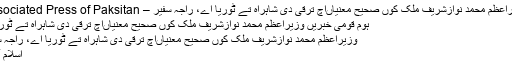
وزیراعظم محمد نوازشریف ملک کوں صحیح معنیاںاچ ترقی دی شاہراہ تے ٹوریا اے، راجہ سفیر – Associated Press of Paksitan
ہوم قومی خبریں وزیراعظم محمد نوازشریف ملک کوں صحیح معنیاںاچ ترقی دی شاہراہ تے ٹوریا...
وزیراعظم محمد نوازشریف ملک کوں صحیح معنیاںاچ ترقی دی شاہراہ تے ٹوریا اے، راجہ سفیر
اسلام آباد ۔